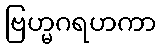
ဗြဟ္မဂရဟကာ